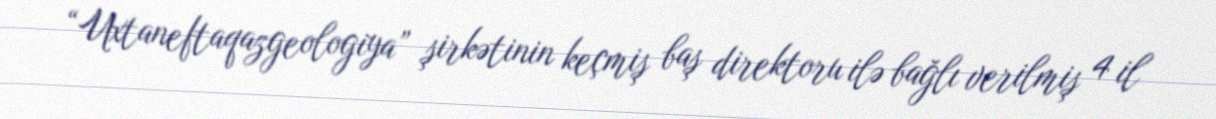
“Uxtaneftaqazgeologiya” şirkətinin keçmiş baş direktoru ilə bağlı verilmiş 4 il